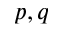
p , q